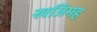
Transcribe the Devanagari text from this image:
खजिमह